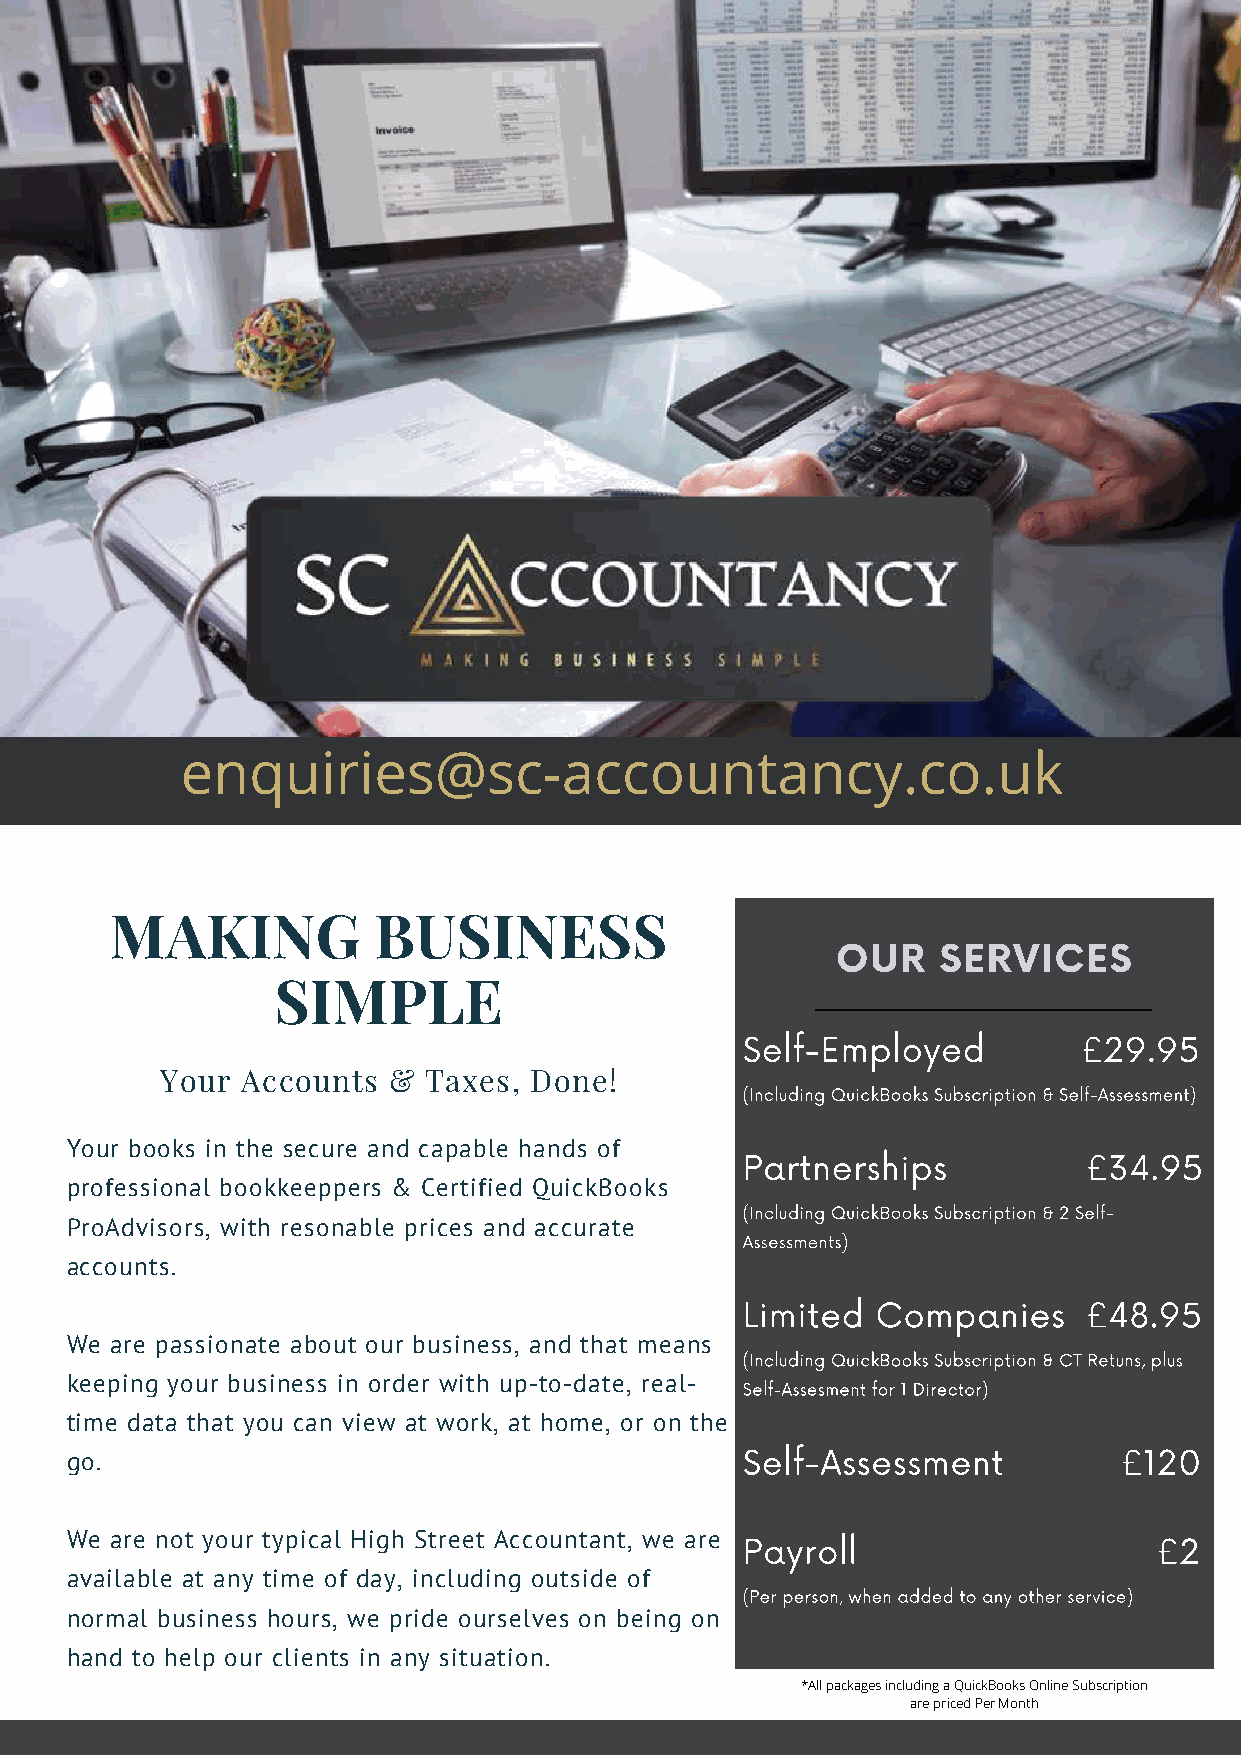
JUNE 2020 | VOL. 8
 THE            URBAN
 HOME                  DIGEST
 WEEKLY  REAL ESTATE  NEWS,  LISTINGS AND DEVELOPMENTS
 enquiries@sc-accountancy.co.uk
 MAKING            BUSINESS
 OUR    SERVICES
 MORE  REAL ESTATE
 SIMPLE
 NEWS INSIDE
 Self-Employed          £29.95
 Your Accounts  & Taxes, Done!
 (Including QuickBooks Subscription & Self-Assessment)
 Fringe Properties
 Your books in the secure and capable hands of
 Partnerships           £34.95
 Finding a Broker
 professional bookkeeppers & Certified QuickBooks
 (Including QuickBooks Subscription & 2 Self-
 ProAdvisors, with resonable prices and accurate
 Assessments)
 accounts.
 Limited  Companies     £48.95
 We are passionate about our business, and that means
 (Including QuickBooks Subscription & CT Retuns, plus
 keeping your business in order with up-to-date, real- Self-Assesment for 1 Director)
 time data that you can view at work, at home, or on the
 Self-Assessment          £120
 go.
 We are not your typical High Street Accountant, we are Payroll           £2
 available at any time of day, including outside of
 (Per person, when added to any other service)
 normal business hours, we pride ourselves on being on
 hand to help our clients in any situation.
 *All packages including a QuickBooks Online Subscription
 are priced Per Month